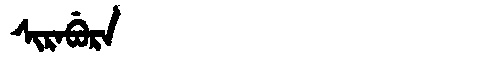
Manchu: ᠰᡳᡵᠠᠪᡠᡵᠠ
Romanization: SIRABURA